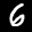
Label: 6